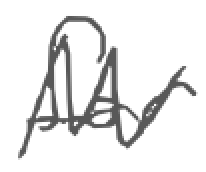
Text: for
Cross-out: zig-zag
Writing tool: digital_gray